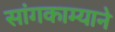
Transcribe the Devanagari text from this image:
सांगकाम्याने